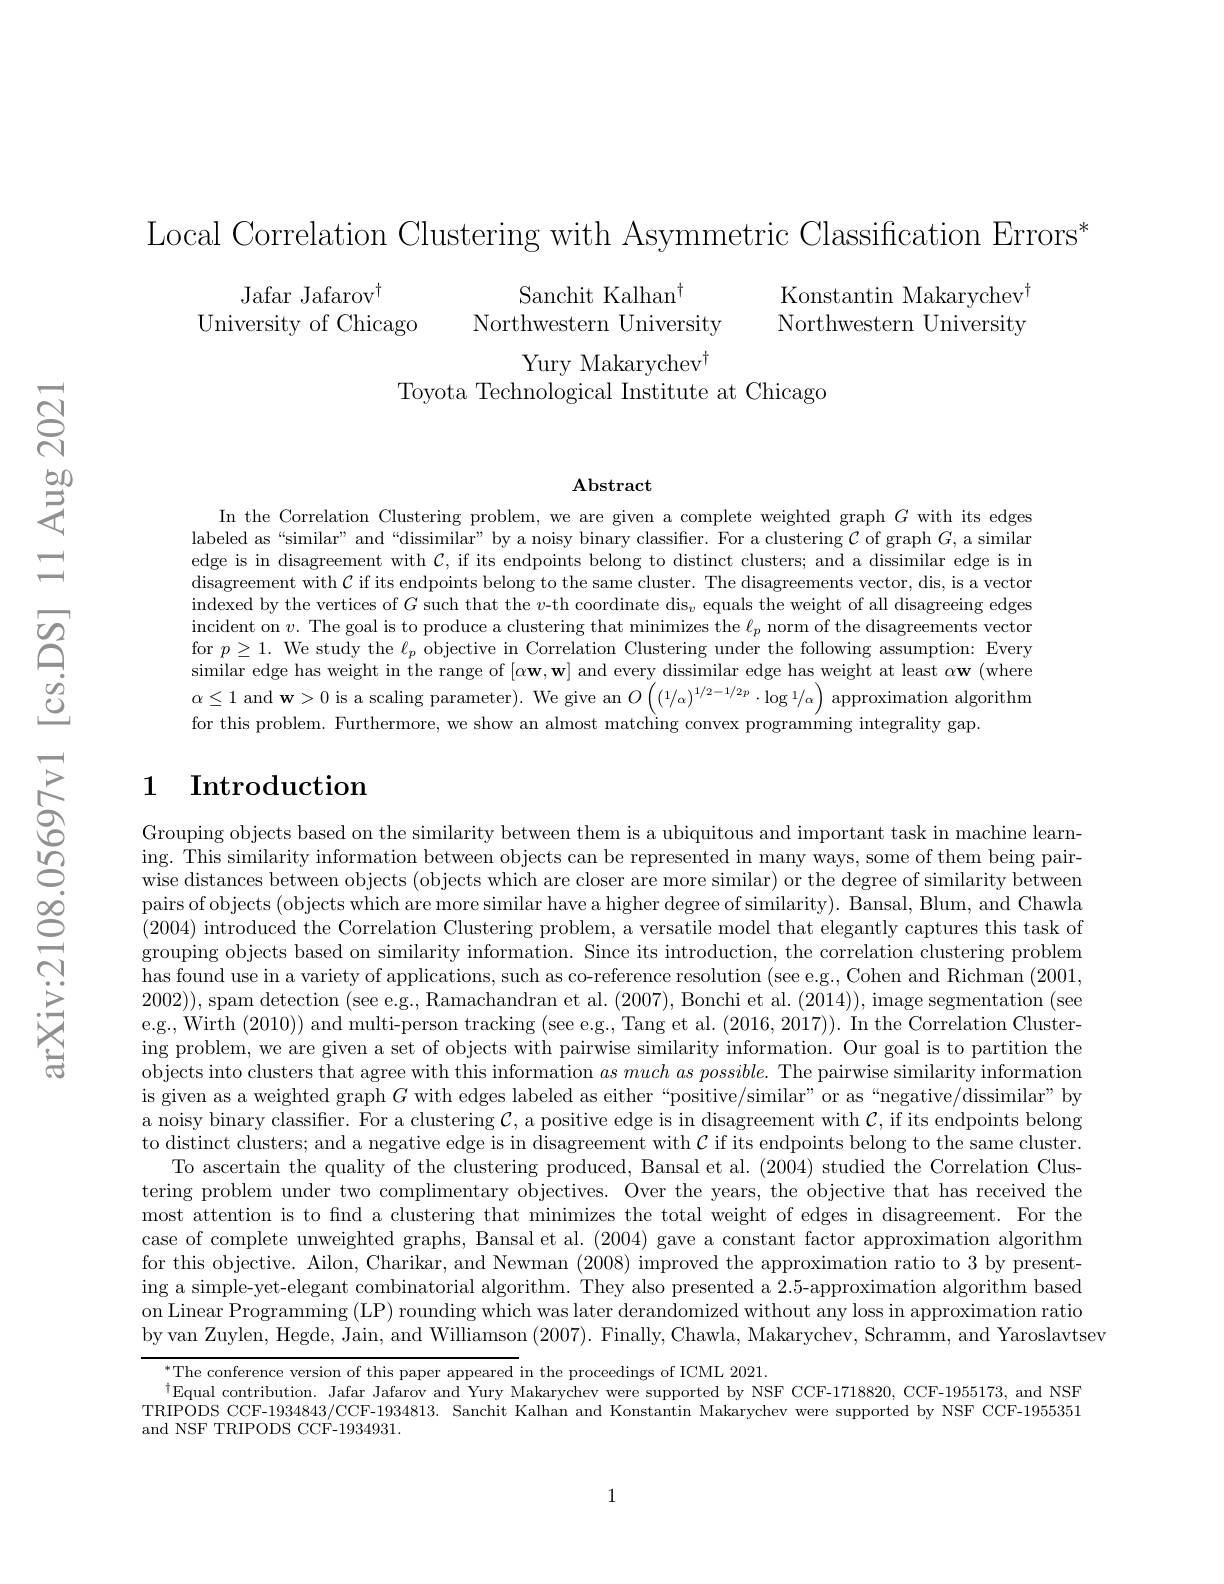
Local Correlation Clustering with Asymmetric Classification Errors*

$\begin{array}{ccc}\text{Jafar Jafarov}^{\dagger}&&\text{Sanchit Kalhan}^{\dagger}&&\text{Konstantin Makarychev}^{\dagger}\\\text{University of Chicago}&&\text{Northwestern University}&&\text{Northwestern University}\end{array}$

Toyota Technological Institute at Chicago

$\mathbf{Abstract}$

In the Correlation Clustering problem, we are given a complete weighted graph $G$ with its edges labeled as “similar” and“dissimilar” by a noisy binary classiffer. For a clustering $\mathcal{C}$ of graph $G$, a similar edge is in disagreement with $\mathcal{C}$, if its endpoints belong to distinct clusters; and a dissimilar edge is in disagreement with $\mathcal{C}$ if its endpoints belong to the same cluster. The disagreements vector, dis, is a vector indexed by the vertices of $G$ such that the $v\text{-th coordinate dis}_v$ equals the weight of all disagreeing edges incident on $v.$ The goal is to produce a clustering that minimizes the $\ell_p$ norm of the disagreements vector for $p\geq1.$ We study the $\ell_p$ objective in Correlation Clustering under the following assumption: Every similar edge has weight in the range of $[\alpha\mathbf{w},\mathbf{w}]$ and every dissimilar edge has weight at least $\alpha\mathbf{w}($where $\alpha\leq1$ and w>0 is a scaling parameter). We give an $O\left(\left(1/\alpha\right)^{1/2-1/2p}\cdot\log^{1/\alpha}\right)$ approximation algorithm for this problem. Furthermore, we show an almost matching convex programming integrality gap.

## 1 Introduction

Grouping objects based on the similarity between them is a ubiquitous and important task in machine learning. This similarity information between objects can be represented in many ways, some of them being pairwise distances between objects (objects which are closer are more similar) or the degree of similarity between pairs of objects (objects which are more similar have a higher degree of similarity). Bansal, Blum, and Chawla (2004) introduced the Correlation Clustering problem, a versatile model that elegantly captures this task of grouping objects based on similarity information. Since its introduction, the correlation clustering problem has found use in a variety of applications, such as co-reference resolution (see e.g.. Cohen and Richman (2001, e.g., Wirth (2010)) and multi-person tracking (see.g., Tang et al. (2016,2017)). In the Correlation Clustering problem, we are given a set of objects with pairwise similarity information. Our goal is to partition the objects into clusters that agree with this information $as\textit{ much as possible. The pairwise similarity information}$ is given as a weighted graph $G$ with edges labeled as either“positive/similar”or as“negative/dissimilar”by a noisy binary classifier. For a clustering $\mathcal{C}$, a positive edge is in disagreement with $\mathcal{C}$, if its endpoints belong to distinct clusters; and a negative edge is in disagreement with $\mathcal{C}$ if its endpoints belong to the same cluster.
To ascertain the quality of the clustering produced, Bansal et al. (2004) studied the Correlation Clustering problem under two complimentary objectives. Over the years, the objective that has received the most attention is to fnd a clustering that minimizes the total weight of edges in disagreement. For the case of complete unweighted graphs, Bansal et al. (2004) gave a constant factor approximation algorithm for this objective. Ailon, Charikar, and Newman (2008) improved the approximation ratio to 3 by presenting a simple-yet-elegant combinatorial algorithm. They also presented a 2.5-approximation algorithm based on Linear Programming (LP) rounding which was later derandomized without any loss in approximation ratio by van Zuylen, Hegde, Jain, and Williamson (2007). Finally, Chawla, Makarychev, Schramm, and Yaroslavtsev

The conference version of this paper appeared in the proceedings of ICML 2021. The conference version of this pappeared in the proceedings of ICML 2021. The conference version of this papper apppeared in the proceedings of ICML 2021. The con
$^{\dagger}$Equal contribution. Jafar Jafarov and Yury Makarychev were supported by NSF CCF-1718820, CCF-1955173, and NSF TRIPODS CCF-1934843/CCF-1934813. Sanchit Kalhan and Konstantin Makarychev were supported by NSF CCF-1955351 and NSF TRIPODS CCF-1934931.

1